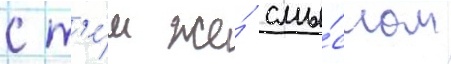
с т'е́м же́ смы́слом